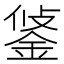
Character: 𨦷